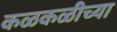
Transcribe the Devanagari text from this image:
कळकळीच्या